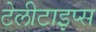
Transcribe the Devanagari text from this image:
टेलीटाइप्स